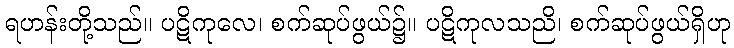
ရဟန်းတို့သည်။ ပဋိကုလေ၊ စက်ဆုပ်ဖွယ်၌။ ပဋိကုလသညိ၊ စက်ဆုပ်ဖွယ်ရှိဟု